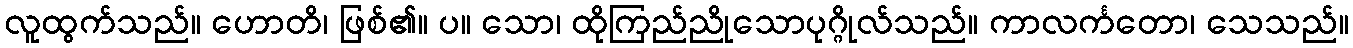
လူထွက်သည်။ ဟောတိ၊ ဖြစ်၏။ ပ။ သော၊ ထိုကြည်ညိုသောပုဂ္ဂိုလ်သည်။ ကာလင်္ကတော၊ သေသည်။